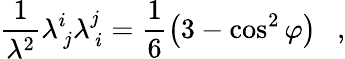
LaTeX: \frac{1}{\lambda^{2}}\lambda_{\, j}^{i}\lambda_{\, i}^{j}=\frac{1}{6}\left(3-\cos^{2}{\varphi}\right)~~~,